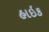
હાઇક